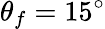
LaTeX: \theta_{f}=15^{\circ}